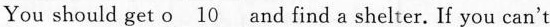
You should get o___ and find a shelter.If you can't